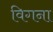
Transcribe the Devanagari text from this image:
विगना